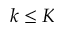
k \leq K